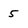
Character: 5